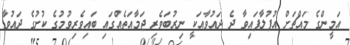
އަމީންގެ މައްޗަށް އުފުލާފައިވާ ދެ ދައުވާއަކީ ނިރުބަވެރި ޖަމާއަތެއްގައި ބައިވެރިވުމުގެ ކުށުގެ ދައުވާ